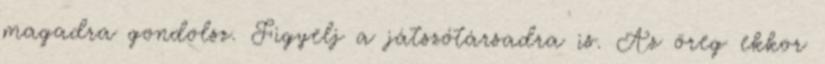
magadra gondolsz. Figyelj a játszótársadra is. Az öreg ekkor